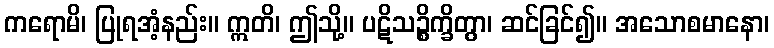
ကရောမိ၊ ပြုရအံ့နည်း။ ဣတိ၊ ဤသို့။ ပဋိသဉ္စိက္ခိတွာ၊ ဆင်ခြင်၍။ အသောစမာနော၊